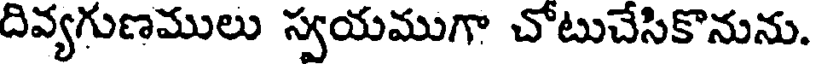
దివ్యగుణములు స్వయముగా చోటుచేసికొనును.